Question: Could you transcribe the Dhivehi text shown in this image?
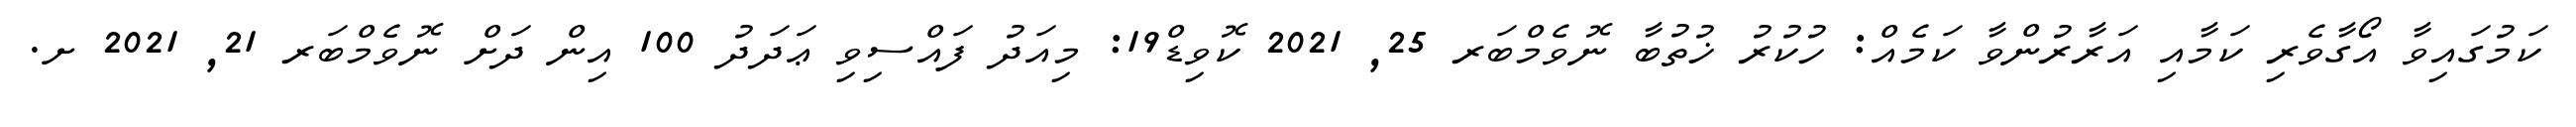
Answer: ކަމުގައިވާ އޯގާވެރި ކަމާއި އަރާރުންވާ ކަމެއް: ހުކުރު ޚުތުބާ ނޮވެމްބަރ 25, 2021 ކޮވިޑް19: މިއަދު ފައްސިވި ޢަދަދު 100 އިން ދަށް ނޮވެމްބަރ 21, 2021 ށ.